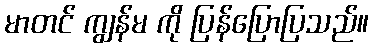
မာတင် ကျွန်မ ကို ပြန်ပြောပြသည်။